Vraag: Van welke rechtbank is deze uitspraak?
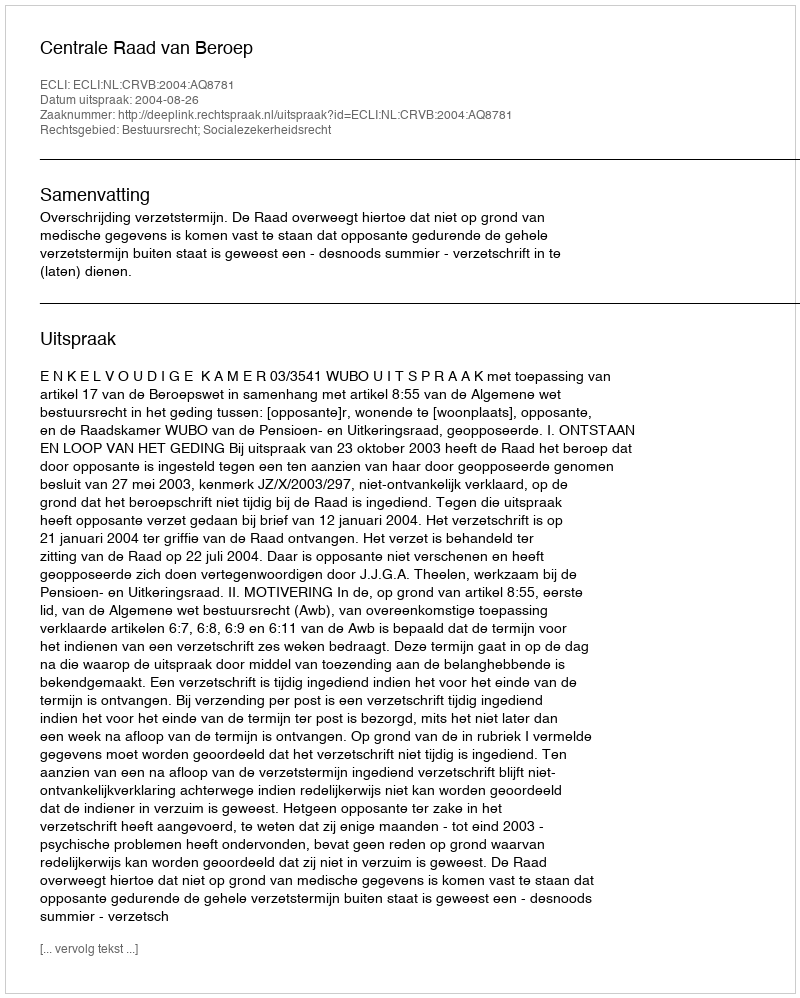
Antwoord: Centrale Raad van Beroep